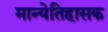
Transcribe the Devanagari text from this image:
मान्येतिहासक